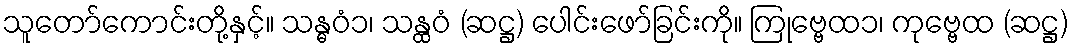
သူတော်ကောင်းတို့နှင့်။ သန္ဓဝံ၁၊ သန္ထဝံ (ဆဋ္ဌ) ပေါင်းဖော်ခြင်းကို။ ကြုဗ္ဗေထ၁၊ ကုဗ္ဗေထ (ဆဋ္ဌ)